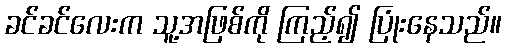
ခင်ခင်လေးက သူ့အဖြစ်ကို ကြည့်၍ ပြုံးနေသည်။